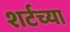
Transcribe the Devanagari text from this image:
शर्टच्या